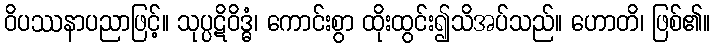
ဝိပဿနာပညာဖြင့်။ သုပ္ပဋိဝိဒ္ဓံ၊ ကောင်းစွာ ထိုးထွင်း၍သိအပ်သည်။ ဟောတိ၊ ဖြစ်၏။